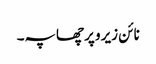
نائن زیرو پر چھاپہ۔